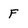
Character: F